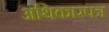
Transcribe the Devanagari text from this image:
अथिकारपत्र